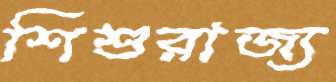
শিশুরাজ্য